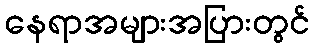
နေရာအများအပြားတွင်